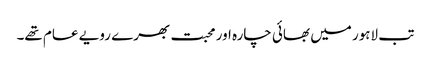
تب لاہور میں بھائی چارہ اور محبت بھرے رویے عام تھے۔